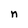
Character: n